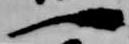
一